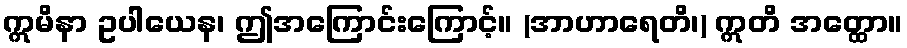
ဣမိနာ ဥပါယေန၊ ဤအကြောင်းကြောင့်။ (အာဟာရေတိ၊) ဣတိ အတ္ထော။